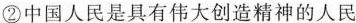
②中国人民是具有伟大创造精神的人民